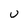
Character: U